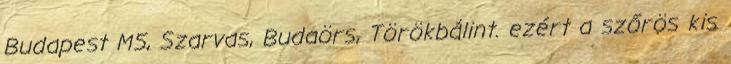
Budapest M5, Szarvas, Budaörs, Törökbálint. ezért a szőrös kis